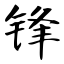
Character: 锋